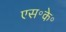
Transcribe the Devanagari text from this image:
एस॰के॰